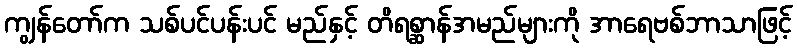
ကျွန်တော်က သစ်ပင်ပန်းပင် မည်နှင့် တိရစ္ဆာန်အမည်များကို အာရေဗစ်ဘာသာဖြင့်